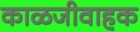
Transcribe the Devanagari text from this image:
काळजीवाहक